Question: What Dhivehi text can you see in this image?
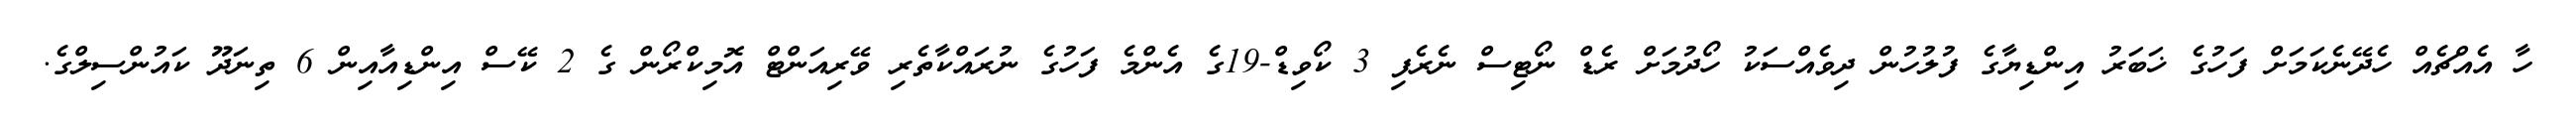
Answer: ހާ އެއްޗެއް ހެދޭނެކަމަށް ފަހުގެ ޚަބަރު އިންޑިޔާގެ ފުލުހުން ދިވެއްސަކު ހޯދުމަށް ރެޑް ނޯޓިސް ނެރެފި 3 ކޯވިޑް-19ގެ އެންމެ ފަހުގެ ނުރައްކާތެރި ވޭރިއަންޓް އޮމިކްރޯން ގެ 2 ކޭސް އިންޑިއާއިން 6 ތިނަދޫ ކައުންސިލްގެ.